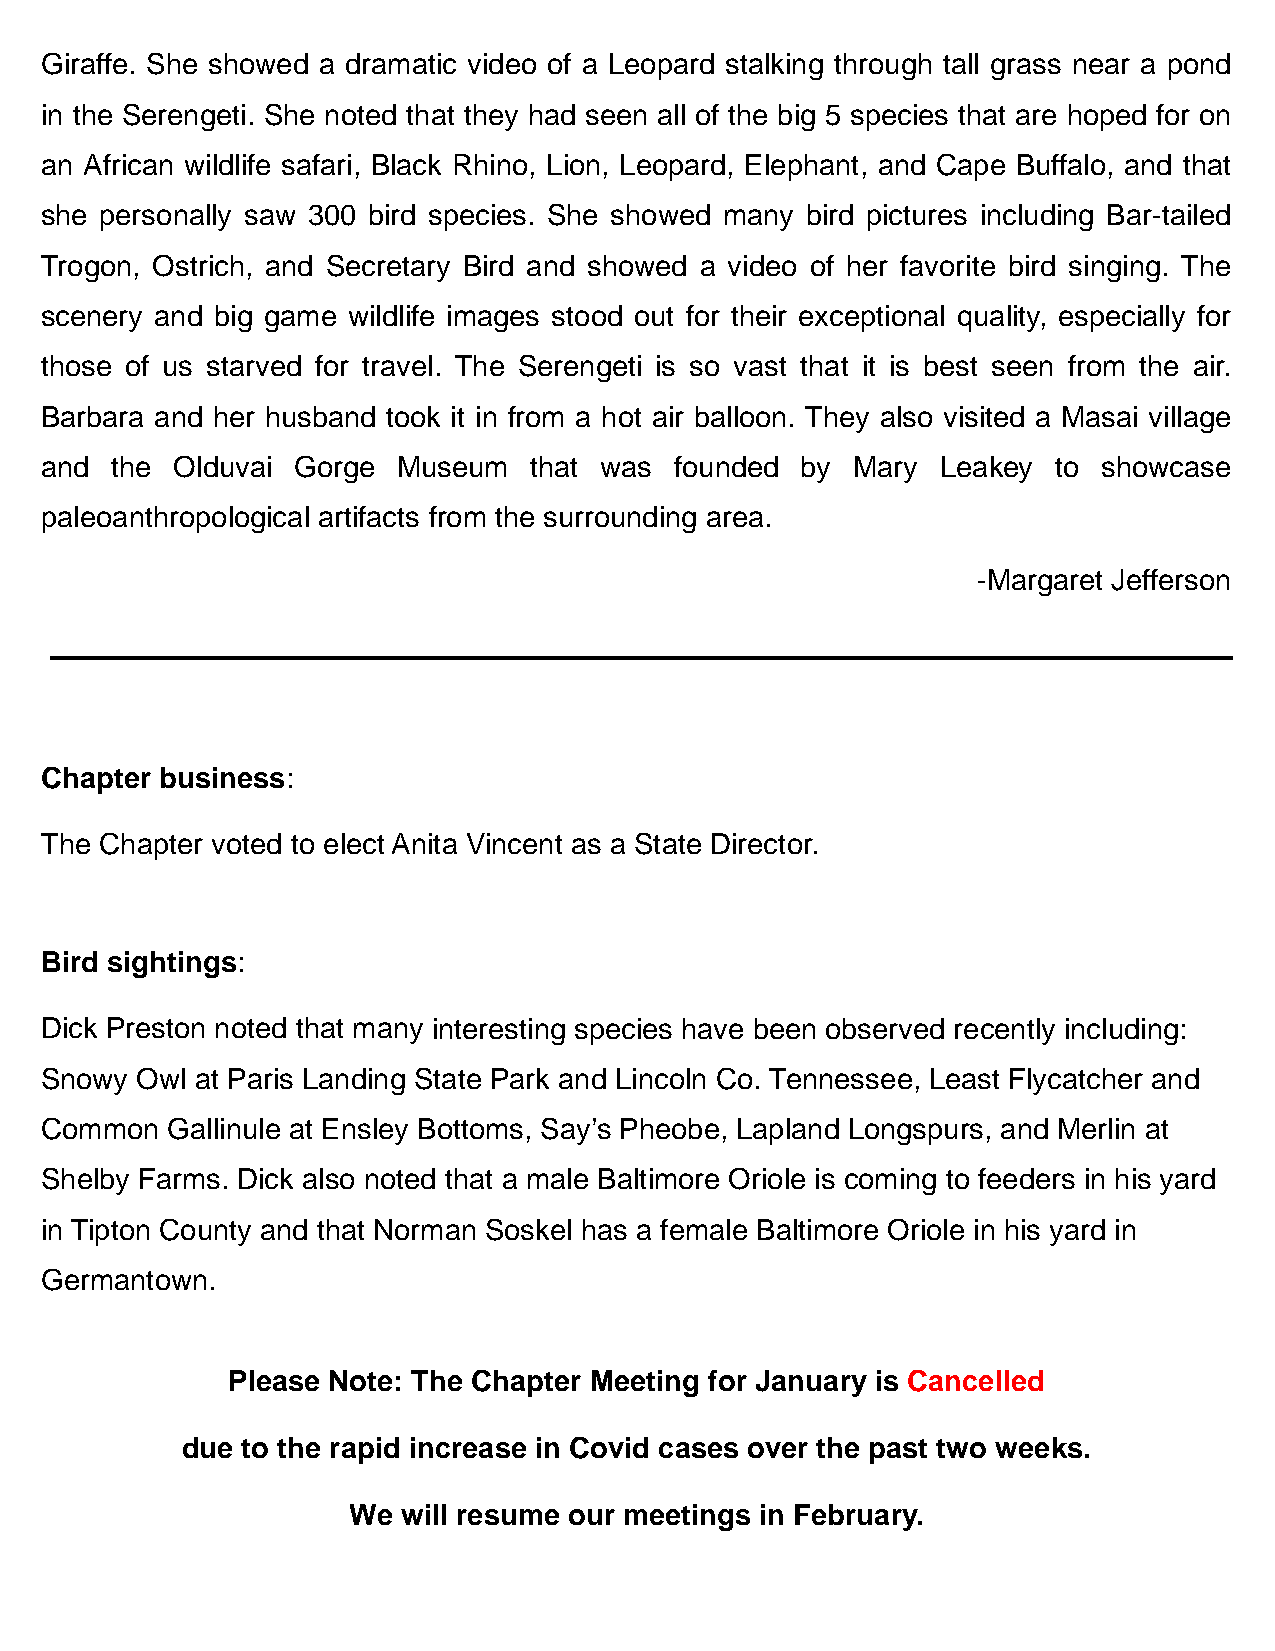
Giraffe. She showed a dramatic video of a Leopard stalking through tall grass near a pond
 in the Serengeti. She noted that they had seen all of the big 5 species that are hoped for on
 an African wildlife safari, Black Rhino, Lion, Leopard, Elephant, and Cape Buffalo, and that
 she personally saw 300 bird species. She showed many bird pictures including Bar-tailed
 Trogon, Ostrich, and Secretary Bird and showed a video of her favorite bird singing. The
 scenery and big game wildlife images stood out for their exceptional quality, especially for
 those of us starved for travel. The Serengeti is so vast that it is best seen from the air.
 Barbara and her husband took it in from a hot air balloon. They also visited a Masai village
 and the Olduvai Gorge  Museum   that was  founded by  Mary Leakey  to showcase
 paleoanthropological artifacts from the surrounding area.
 -Margaret Jefferson
 Chapter business:
 The Chapter voted to elect Anita Vincent as a State Director.
 Bird sightings:
 Dick Preston noted that many interesting species have been observed recently including:
 Snowy Owl at Paris Landing State Park and Lincoln Co. Tennessee, Least Flycatcher and
 Common  Gallinule at Ensley Bottoms, Say’s Pheobe, Lapland Longspurs, and Merlin at
 Shelby Farms. Dick also noted that a male Baltimore Oriole is coming to feeders in his yard
 in Tipton County and that Norman Soskel has a female Baltimore Oriole in his yard in
 Germantown.
 Please Note: The Chapter Meeting for January is Cancelled
 due to the rapid increase in Covid cases over the past two weeks.
 We  will resume our meetings in February.